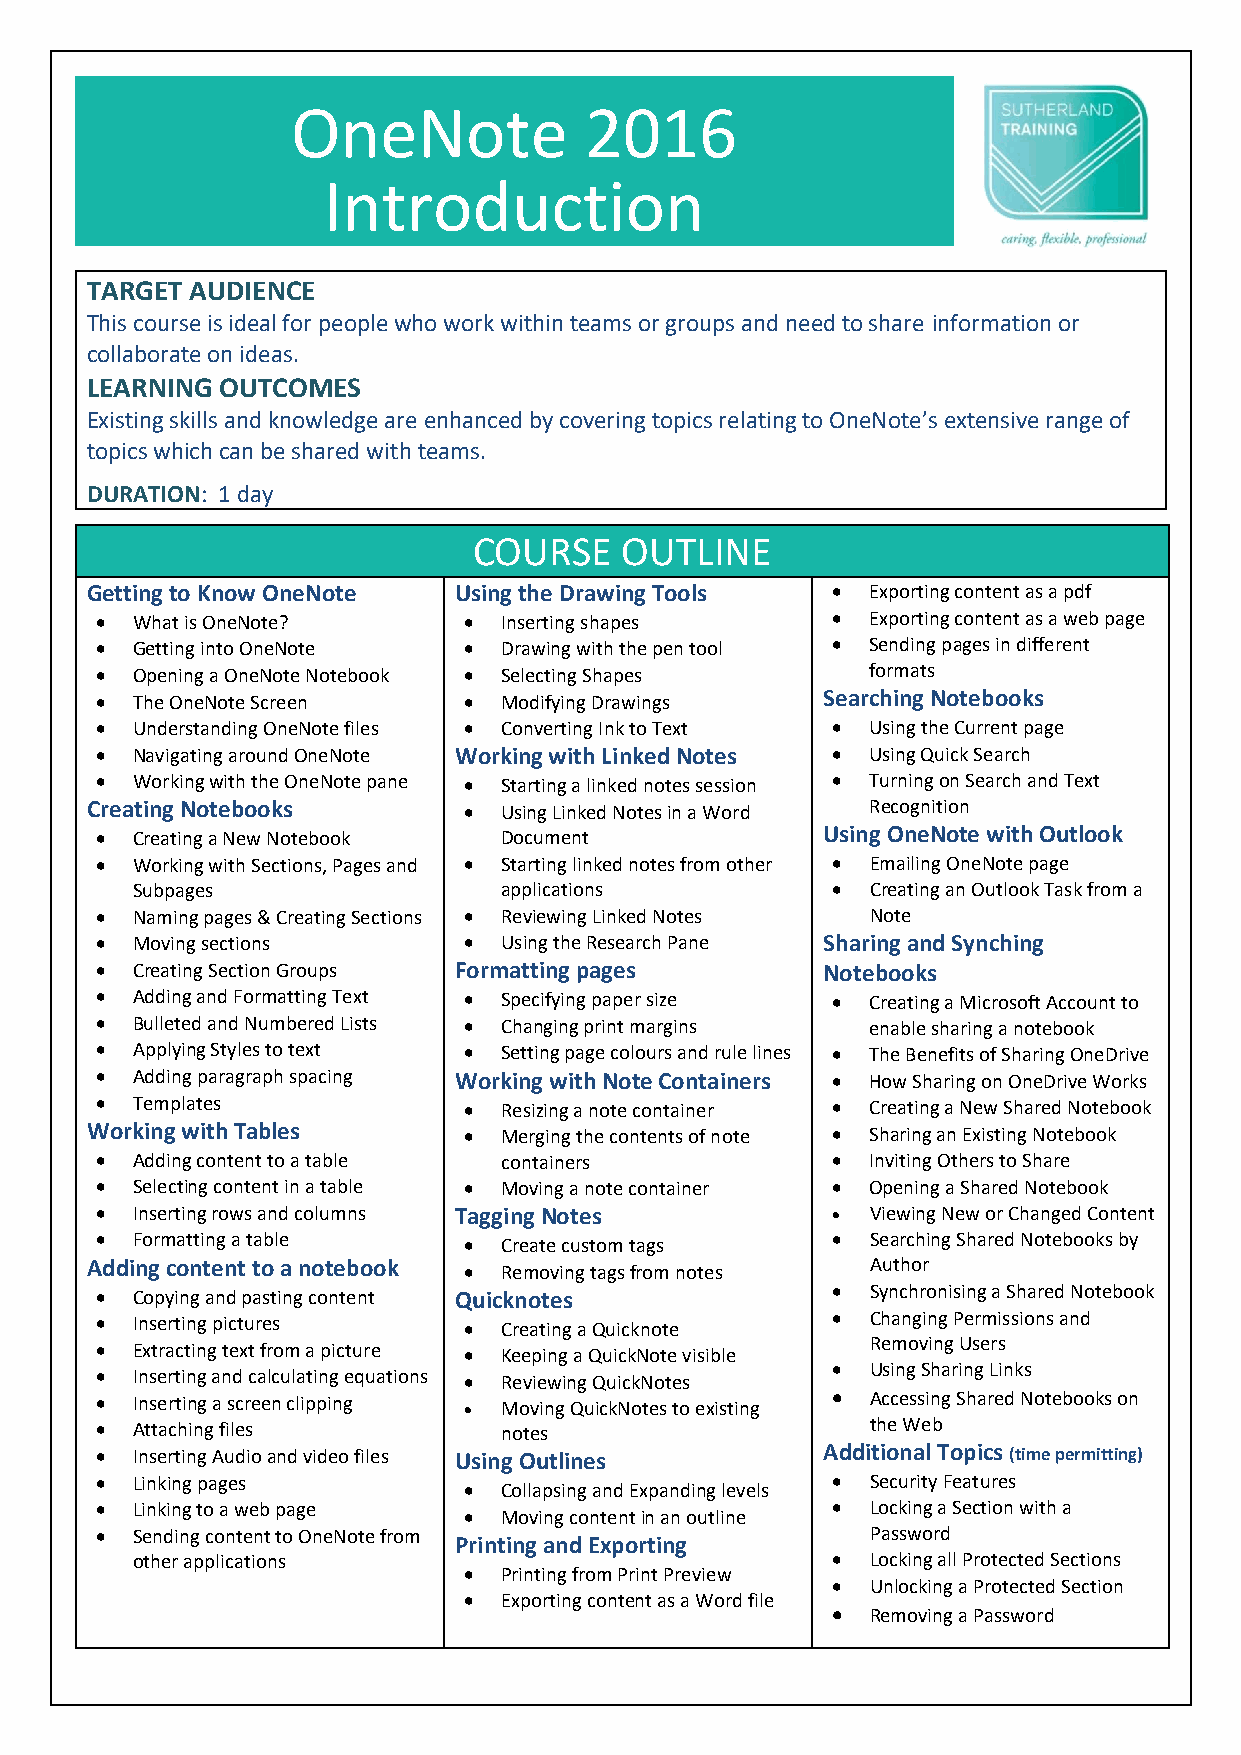
OneNote             2016
 Introduction
 COURSE       OUTLINE
 TARGET AUDIENCE
 This course is ideal for people who work within teams or groups and need to share information or
 collaborate on ideas.
 LEARNING OUTCOMES
 Existing skills and knowledge are enhanced by covering topics relating to OneNote’s extensive range of
 topics which can be shared with teams.
 DURATION: 1 day
 COURSE    OUTLINE
 Getting to Know OneNote Using the Drawing Tools  •  Exporting content as a pdf
 •  What is OneNote?      • Inserting shapes      •  Exporting content as a web page
 •  Getting into OneNote  • Drawing with the pen tool • Sending pages in different
 •  Opening a OneNote Notebook • Selecting Shapes    formats
 •  The OneNote Screen    • Modifying Drawings   Searching Notebooks
 •  Understanding OneNote files • Converting Ink to Text • Using the Current page
 •  Navigating around OneNote Working with Linked Notes • Using Quick Search
 •  Working with the OneNote pane • Starting a linked notes session • Turning on Search and Text
 Creating Notebooks       • Using Linked Notes in a Word Recognition
 •  Creating a New Notebook Document             Using OneNote with Outlook
 •  Working with Sections, Pages and • Starting linked notes from other • Emailing OneNote page
 Subpages                applications          •  Creating an Outlook Task from a
 •  Naming pages & Creating Sections • Reviewing Linked Notes Note
 •  Moving sections       • Using the Research Pane Sharing and Synching
 •  Creating Section Groups Formatting pages     Notebooks
 •  Adding and Formatting Text • Specifying paper size • Creating a Microsoft Account to
 •  Bulleted and Numbered Lists • Changing print margins enable sharing a notebook
 •  Applying Styles to text • Setting page colours and rule lines • The Benefits of Sharing OneDrive
 •  Adding paragraph spacing Working with Note Containers • How Sharing on OneDrive Works
 •  Templates             • Resizing a note container • Creating a New Shared Notebook
 Working with Tables      • Merging the contents of note • Sharing an Existing Notebook
 •  Adding content to a table containers          •  Inviting Others to Share
 •  Selecting content in a table • Moving a note container • Opening a Shared Notebook
 •  Inserting rows and columns Tagging Notes      •  Viewing New or Changed Content
 •  Formatting a table    • Create custom tags    •  Searching Shared Notebooks by
 Adding content to a notebook • Removing tags from notes Author
 •  Copying and pasting content Quicknotes        •  Synchronising a Shared Notebook
 •  Inserting pictures    • Creating a Quicknote  •  Changing Permissions and
 •  Extracting text from a picture • Keeping a QuickNote visible Removing Users
 •  Inserting and calculating equations • Reviewing QuickNotes • Using Sharing Links
 •  Inserting a screen clipping • Moving QuickNotes to existing • Accessing Shared Notebooks on
 •  Attaching files         notes                    the Web
 •  Inserting Audio and video files Using Outlines Additional Topics (time permitting)
 •  Linking pages                                 •  Security Features
 • Collapsing and Expanding levels
 •  Linking to a web page                         •  Locking a Section with a
 • Moving content in an outline
 •  Sending content to OneNote from                  Password
 Printing and Exporting
 other applications                            •  Locking all Protected Sections
 • Printing from Print Preview
 •  Unlocking a Protected Section
 • Exporting content as a Word file
 •  Removing a Password